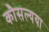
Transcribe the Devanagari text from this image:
कौसल्यया